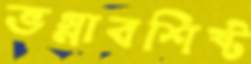
ভগ্নাবশিষ্ট